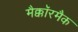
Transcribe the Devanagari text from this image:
मैक्कॉरमैक